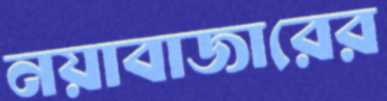
নয়াবাজারের